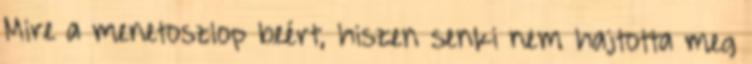
Mire a menetoszlop beért, hiszen senki nem hajtotta meg